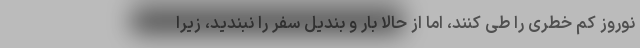
نوروز کم خطری را طی کنند، اما از حالا بار و بندیل سفر را نبندید، زیرا